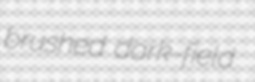
brushed dark-field